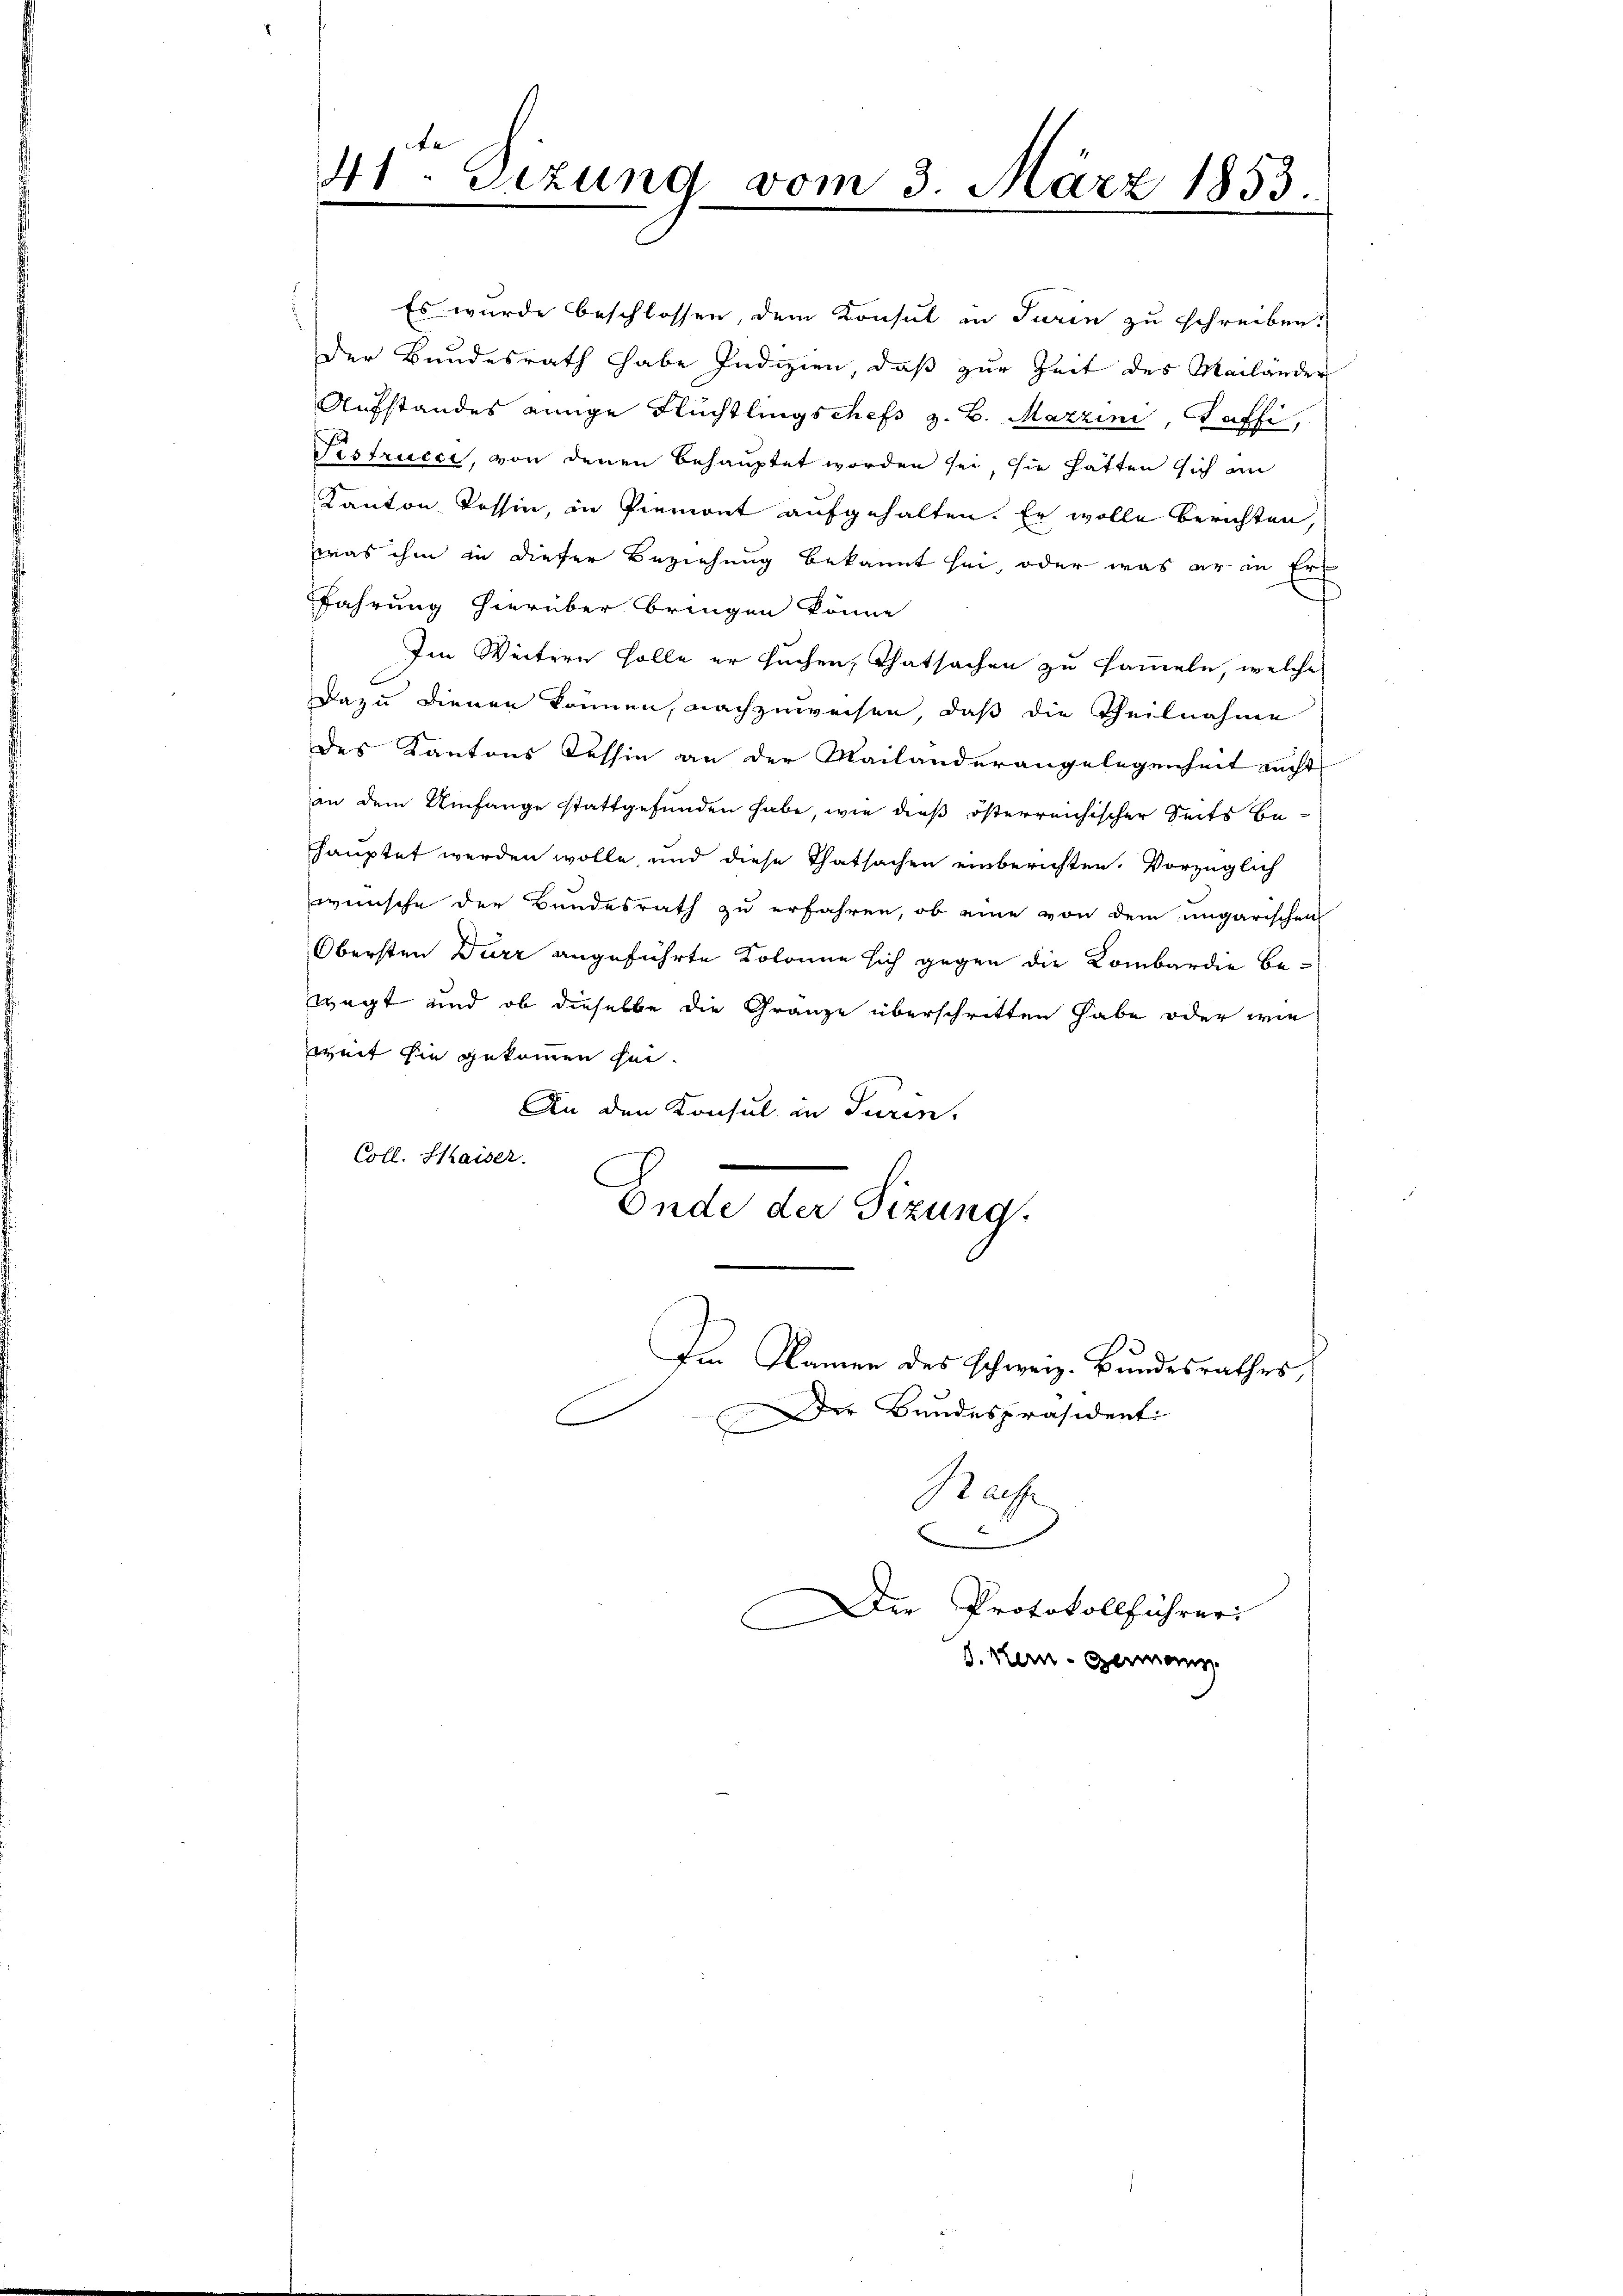
41. Sizung vom 3. März 1853.

Es wurde beschlossen, dem Konsul in Turin zu schreiben.
der Bundesrath habe Indizien, daß zur Zeit des Mailander
Aufstandes einige Flüchtlingschefs z. B. Marzini, Taffi,
Fesfrucci, von denen behauptet worden sei, sie hätten sich an
Kanton Tessin, in Piemont aufgehalten. Er wolle berichten,
was ihm in dieser Beziehung bekannt sei, oder was er in Ers
fahrung hierüber bringen könne.
Im Weitern solle er suchen, Thatsachen zu sammeln, welche
Dazu dienen können, nachzuweisen, daß die Theilnahme
des Kantons Tessin an der Mailanderangelegenheit nicht
an dem Umfange stattgefunden habe, wie dieß österreichischer Seits be-
hauptet werden wolle, und diese Thatsachen einberichten. Vorzüglich
wünsche der Bundesrath zu erfahren, ob eine von dem ungarischen
Obersten Dürr angeführte Kolonie sich gegen die Kombardie bewegt und ob dieselbe die Gränze überschritten habe oder wie
weit sie gekommen sei.
An den Konsul in Turin,
Coll. Kaiser.
Ende der Sizung.

Im Namen des schweiz. Bundesrathes,
Der Bundespräsident

E
Rach

.

Der Protokollführeri
d. Kein Germann